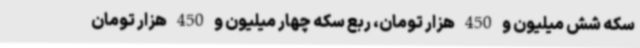
سکه شش میلیون و 450 هزار تومان، ربع سکه چهار میلیون و 450 هزار تومان